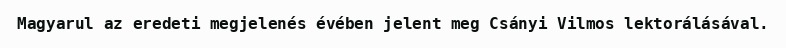
Magyarul az eredeti megjelenés évében jelent meg Csányi Vilmos lektorálásával.